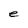
Character: e